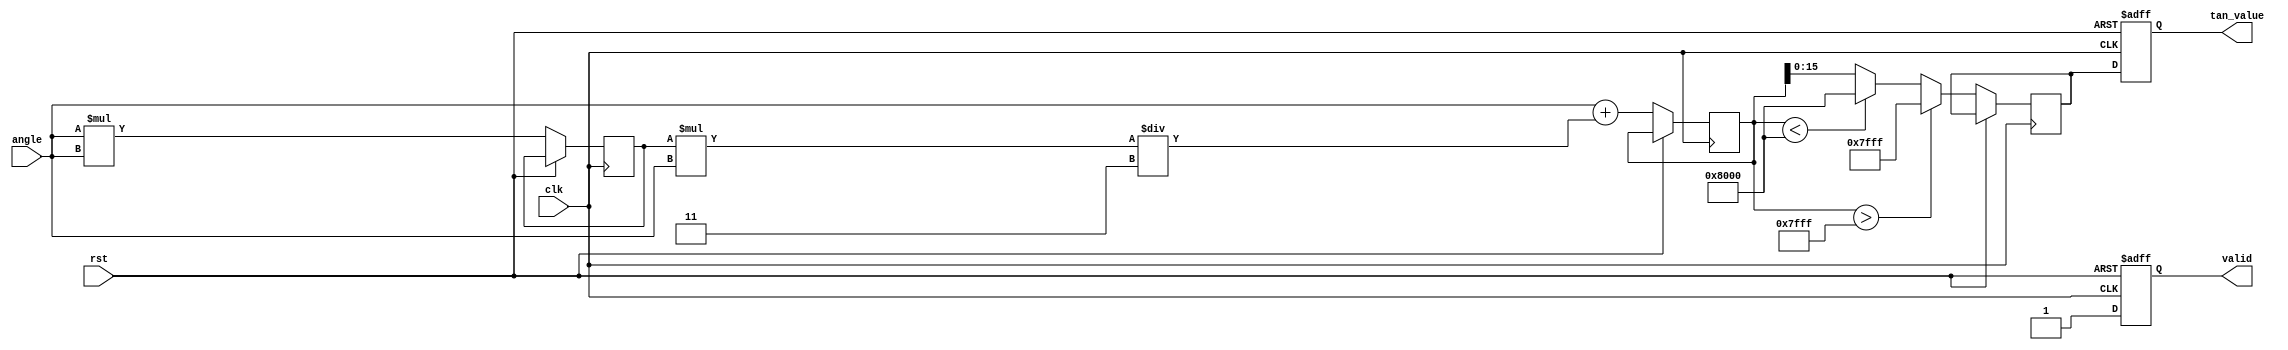
module tan_arithmetic_block (
    input wire clk,                // Clock signal
    input wire rst,                // Reset signal
    input wire [15:0] angle,       // 16-bit fixed-point angle input in radians
    output reg [15:0] tan_value,   // 16-bit fixed-point tangent output
    output reg valid               // Output valid signal
);

    // Parameters
    parameter FIXED_POINT_FRACTIONAL_BITS = 12; // Number of fractional bits
    localparam MAX_TAN_VALUE = 16'h7FFF; // Max value for tangent (saturation)
    localparam MIN_TAN_VALUE = 16'h8000; // Min value for tangent (negative saturation)
    
    // Intermediate variables
    reg [31:0] angle_squared;  // Variable for angle squared
    reg [31:0] tan_numerator;  // Numerator for tan approximation
    reg [31:0] tan_denominator; // Denominator for tan approximation
    reg [15:0] tan_approx;     // Final tangent approximation

    // Compute tangent using Taylor series approximation
    always @(posedge clk or posedge rst) begin
        if (rst) begin
            tan_value <= 16'b0;
            valid <= 0;
        end else begin
            // Normalize angle to the range (-/2, /2) if needed
            // (In practical applications, further logic is needed for handling angles outside this range)

            // Calculate angle squared
            angle_squared <= angle * angle;

            // Calculate numerator and denominator for tan using Taylor series
            // tan(x)  x + (x^3)/3 + (2*x^5)/15 + ... (limited terms for simplicity)
            tan_numerator <= angle + (angle_squared * angle) / 3;

            // Calculate final tangent approximation (saturate if needed)
            // For high precision, further terms can be included
            if (tan_numerator > MAX_TAN_VALUE) begin
                tan_approx <= MAX_TAN_VALUE;
            end else if (tan_numerator < MIN_TAN_VALUE) begin
                tan_approx <= MIN_TAN_VALUE;
            end else begin
                tan_approx <= tan_numerator[15:0]; // Truncate to 16-bits
            end
            
            // Output the result
            tan_value <= tan_approx;
            valid <= 1; // Indicate that the output is valid
        end
    end

endmodule